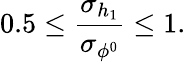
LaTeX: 0.5\le{\frac{\sigma_{h_{1}}}{\sigma_{\phi^{0}}}}\le 1.